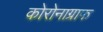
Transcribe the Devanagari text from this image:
कोरोनाग्राफ